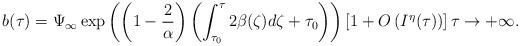
LaTeX: \begin{align*} b(\tau) = \Psi_\infty \exp{ \left( \left( 1 -\frac{2}{\alpha} \right)\left( \int_{\tau_0}^\tau 2\beta(\zeta) d\zeta + \tau_0 \right) \right)} \left[1 + O\left(I^\eta(\tau)\right) \right] \tau \to +\infty. \end{align*}